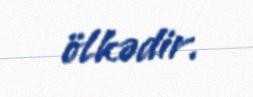
ölkədir.